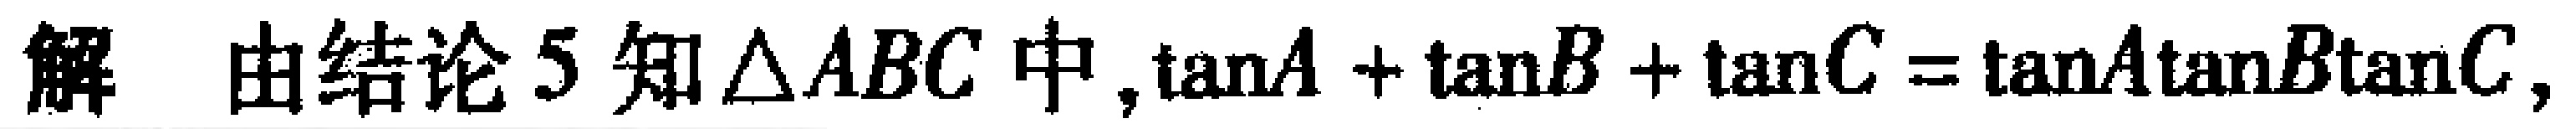
解 由结论 5 知$\triangle ABC$中,$\tan A+\tan B+\tan C = \tan A\tan B\tan C$,